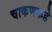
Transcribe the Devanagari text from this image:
चाकणकडे